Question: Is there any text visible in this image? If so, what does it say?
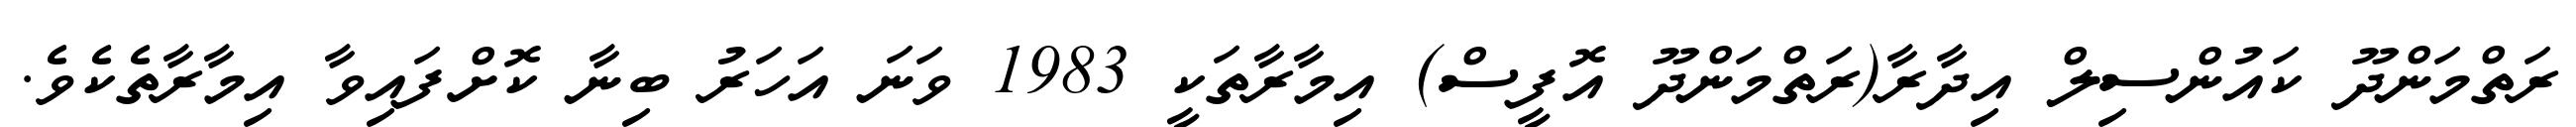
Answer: ރަތްމަންދޫ ކައުންސިލް އިދާރާ(ރަތްމަންދޫ އޮފީސް) އިމާރާތަކީ 1983 ވަނަ އަހަރު ބިނާ ކޮށްފައިވާ އިމާރާތެކެވެ.